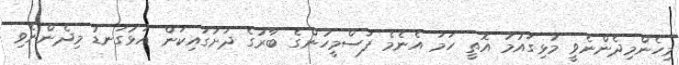
މިހެންމިދެންނެވީ މުޅިގައުމު އޮތީ ހަމަ އެނެމެ ފަސްމީހުންގެ ބާރުގެ ދަށުގައިކަން އަޅުގަނޑު މިދެންނެވި